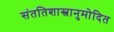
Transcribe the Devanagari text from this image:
संततिशास्त्रानुमोदित